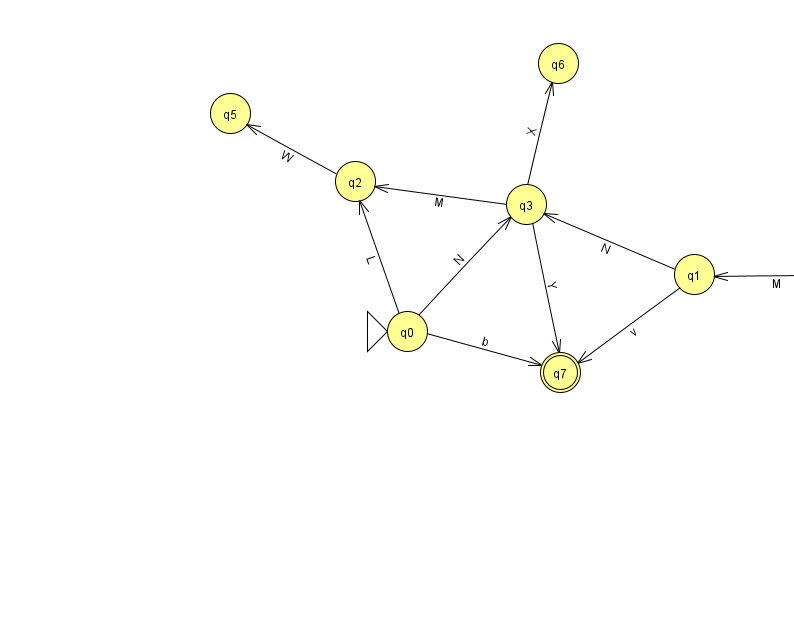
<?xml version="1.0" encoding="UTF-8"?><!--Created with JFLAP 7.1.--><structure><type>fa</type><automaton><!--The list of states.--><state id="0" name="q0"><x>407.0</x><y>318.0</y><initial/></state><state id="1" name="q1"><x>694.0</x><y>261.0</y></state><state id="2" name="q2"><x>355.0</x><y>168.0</y></state><state id="3" name="q3"><x>526.0</x><y>191.0</y></state><state id="4" name="q4"><x>858.0</x><y>260.0</y></state><state id="5" name="q5"><x>230.0</x><y>100.0</y></state><state id="6" name="q6"><x>558.0</x><y>50.0</y></state><state id="7" name="q7"><x>560.0</x><y>359.0</y><final/></state><!--The list of transitions.--><transition><from>0</from><to>2</to><read>L</read></transition><transition><from>4</from><to>1</to><read>M</read></transition><transition><from>0</from><to>3</to><read>N</read></transition><transition><from>2</from><to>5</to><read>W</read></transition><transition><from>0</from><to>7</to><read>b</read></transition><transition><from>3</from><to>7</to><read>Y</read></transition><transition><from>1</from><to>3</to><read>N</read></transition><transition><from>3</from><to>6</to><read>X</read></transition><transition><from>4</from><to>4</to><read>y</read></transition><transition><from>1</from><to>7</to><read>v</read></transition><transition><from>3</from><to>2</to><read>M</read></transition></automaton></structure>